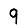
Digit: 9